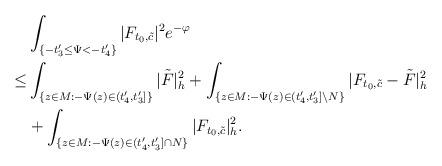
LaTeX: \begin{align*}&\int_{ \{-t'_3\le\Psi<-t'_4\}}|F_{t_0,\tilde{c}}|^2e^{-\varphi}\\\le & \int_{\{z\in M:-\Psi(z)\in (t'_4,t'_3]\}}|\tilde F|^2_h+\int_{\{z\in M:-\Psi(z)\in (t'_4,t'_3]\backslash N\}}|F_{t_0,\tilde{c}}-\tilde F|^2_h\\&+\int_{ \{z\in M: -\Psi(z)\in(t'_4,t'_3]\cap N\}}|F_{t_0,\tilde{c}}|^2_h.\end{align*}